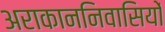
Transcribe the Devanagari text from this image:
अराकाननिवासियों